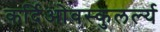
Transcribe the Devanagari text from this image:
कर्दिओवस्कुलर्ल्य